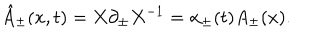
LaTeX: { \hat { A } } _ { \pm } ( x , t ) = X \partial _ { \pm } X ^ { - 1 } = \alpha _ { \pm } ( t ) A _ { \pm } ( x ) .